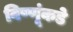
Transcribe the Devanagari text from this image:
विष्णूंकडे